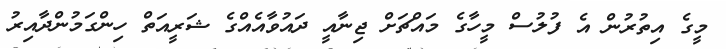
މީގެ އިތުރުން އެ ފުލުސް މީހާގެ މައްޗަށް ޖިނާއީ ދައުވާއެއްގެ ޝަރީއަތް ހިންގަމުންދާއިރު